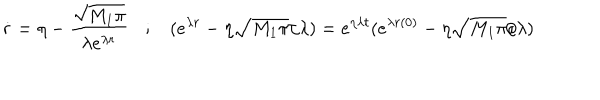
LaTeX: \dot { r } = \eta - \frac { \sqrt { M _ { 1 } \pi } } { \lambda e ^ { \lambda r } } \: \: \: \: ; \: \: \: \: ( e ^ { \lambda r } - \eta \sqrt { M _ { 1 } \pi } / \lambda ) = e ^ { \eta \lambda t } ( e ^ { \lambda r ( 0 ) } - \eta \sqrt { M _ { 1 } \pi } / \lambda )